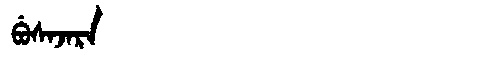
Manchu: ᠪᡠᠰᠠᠵᠠᡵᠠ
Romanization: BUSAJARA